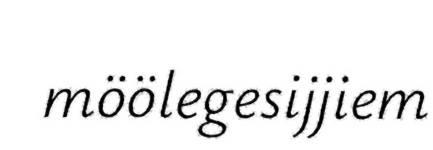
möölegesijjiem